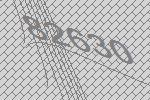
82630